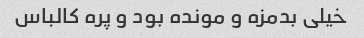
خیلی بدمزه و مونده بود و پره کالباس